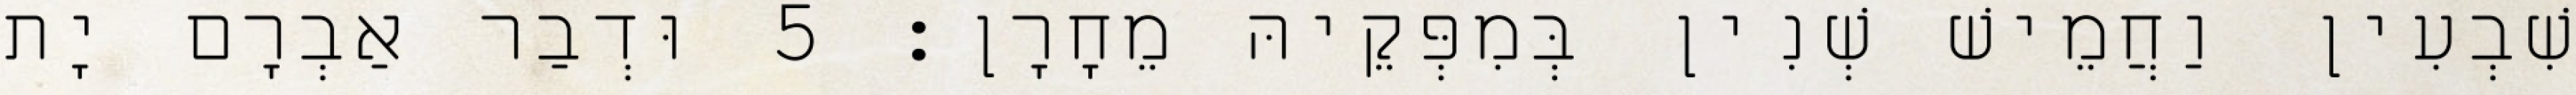
שִׁבְעִין וַחֲמֵישׁ שְׁנִין בְּמִפְּקֵיהּ מֵחָרָן׃ 5 וּדְבַר אַבְרָם יָת